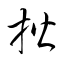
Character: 楷